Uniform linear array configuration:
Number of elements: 32
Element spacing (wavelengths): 1
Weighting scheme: hamming
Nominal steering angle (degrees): -15
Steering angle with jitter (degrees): -14.192
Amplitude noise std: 0.05
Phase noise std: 0.05

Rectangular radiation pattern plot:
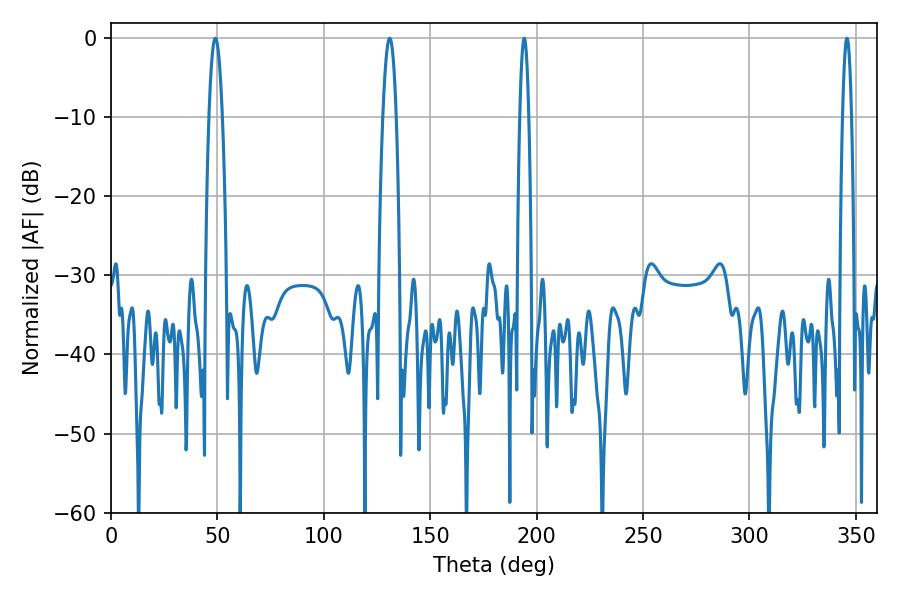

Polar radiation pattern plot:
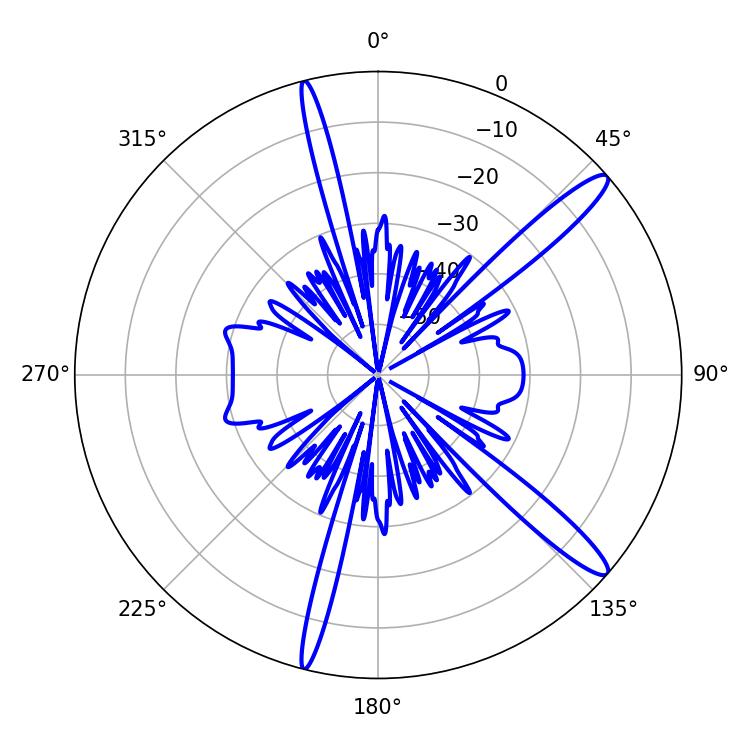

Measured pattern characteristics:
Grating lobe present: TRUE
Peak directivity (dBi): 14.125
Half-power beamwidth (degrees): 2.34
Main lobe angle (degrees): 194.22